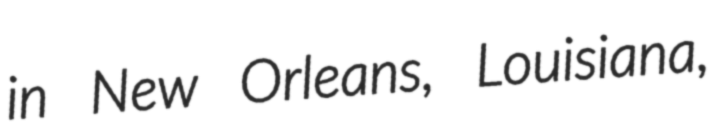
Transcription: in New Orleans, Louisiana,